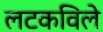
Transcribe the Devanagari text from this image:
लटकविले